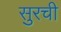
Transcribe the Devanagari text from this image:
सुरची